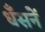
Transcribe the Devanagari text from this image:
धँसनें